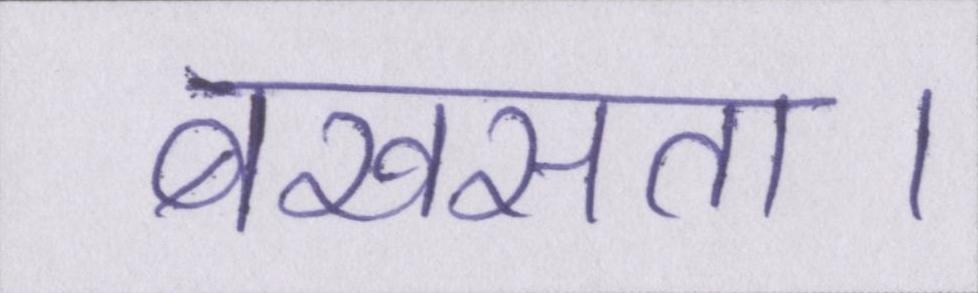
बखसता।